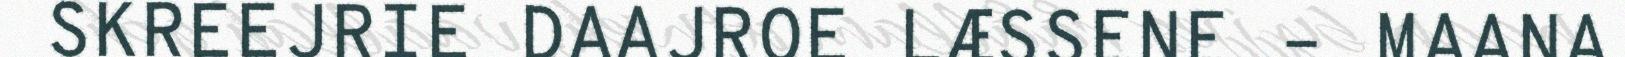
SKREEJRIE DAAJROE LÆSSENE – MAANA